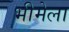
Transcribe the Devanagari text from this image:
भीमेला